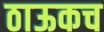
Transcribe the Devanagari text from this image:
ठाऊकच